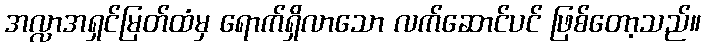
အလ္လာအရှင်မြတ်ထံမှ ရောက်ရှိလာသော လက်ဆောင်ပင် ဖြစ်တော့သည်။